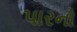
પારનો